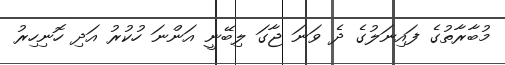
މުބާރާތުގެ ފައިނަލުގެ ދެ ވަނަ ޖާގަ ލިބޭނީ އަންނަ ހުކުރު އަދި ހޮނިހިރު